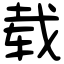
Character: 载